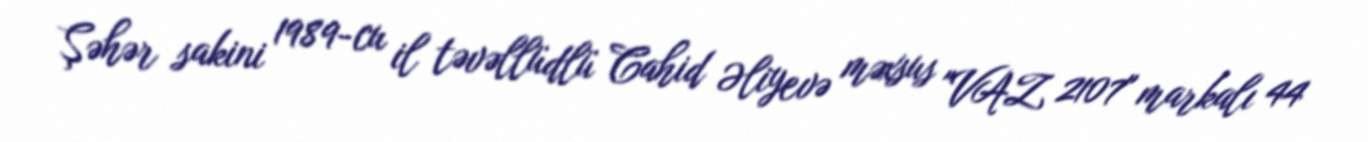
Şəhər sakini 1989-cu il təvəllüdlü Cahid Əliyevə məxsus "VAZ 2107" markalı 44